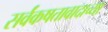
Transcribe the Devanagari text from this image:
सर्वंकषतावादाच्या